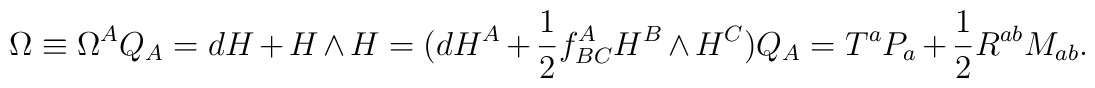
\Omega\equiv\Omega^AQ_A=dH+H\wedge H=(dH^A+\frac{1}{2}f^A_{BC}H^B\wedge H^C)Q_A=T^aP_a+\frac{1}{2}R^{ab}M_{ab}.